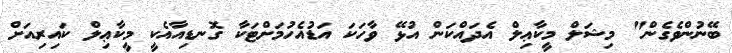
ބޭނުންވެގެން" މިޝަލް މީކާޢިލް އެދައްކަން އުޅޭ ވާހަކަ އަޑުއެހުމަށްޓަކާ ގޮނޑިއާއެކީ މީކާޢިލް ކައިރިއަށް